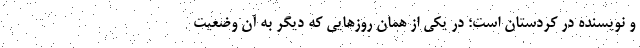
و نویسنده در کردستان است؛ در یکی از همان روزهایی که دیگر به آن وضعیت